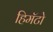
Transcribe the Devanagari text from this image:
हिमॅटो